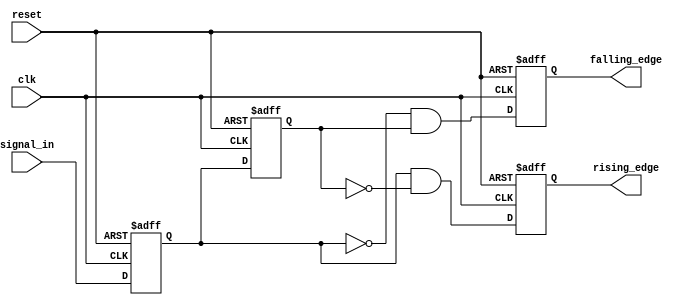
module glitch_free_edge_detector (
    input wire clk,               // Clock signal
    input wire reset,             // Asynchronous reset
    input wire signal_in,         // Input signal to detect edges
    output reg rising_edge,       // Output signal for rising edge detection
    output reg falling_edge       // Output signal for falling edge detection
);

    // Memory blocks to store current and previous states
    reg signal_current;           // Current state of the input signal
    reg signal_previous;          // Previous state of the input signal

    // Sequential logic to store the current and previous states
    always @(posedge clk or posedge reset) begin
        if (reset) begin
            signal_current <= 1'b0; // Initialize current state to 0
            signal_previous <= 1'b0; // Initialize previous state to 0
            rising_edge <= 1'b0;     // Initialize rising edge output
            falling_edge <= 1'b0;    // Initialize falling edge output
        end else begin
            // Update previous state to current state
            signal_previous <= signal_current;
            // Update current state to input signal
            signal_current <= signal_in;

            // Edge detection logic
            rising_edge <= (signal_current && !signal_previous); // Rising edge detected
            falling_edge <= (!signal_current && signal_previous); // Falling edge detected
        end
    end

endmodule